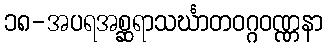
၁၈-အပရအစ္ဆရာသင်္ဃာတဝဂ္ဂဝဏ္ဏနာ